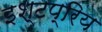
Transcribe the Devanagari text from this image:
इश्टप्रिय